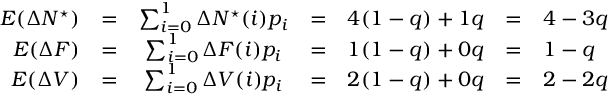
\begin{array} { r c c c c c l } { E ( \Delta N ^ { \star } ) } & { = } & { \sum _ { i = 0 } ^ { 1 } \Delta N ^ { \star } ( i ) p _ { i } } & { = } & { 4 ( 1 - q ) + 1 q } & { = } & { 4 - 3 q } \\ { E ( \Delta F ) } & { = } & { \sum _ { i = 0 } ^ { 1 } \Delta F ( i ) p _ { i } } & { = } & { 1 ( 1 - q ) + 0 q } & { = } & { 1 - q } \\ { E ( \Delta V ) } & { = } & { \sum _ { i = 0 } ^ { 1 } \Delta V ( i ) p _ { i } } & { = } & { 2 ( 1 - q ) + 0 q } & { = } & { 2 - 2 q } \end{array}